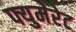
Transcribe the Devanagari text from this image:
फ्युमेरेट